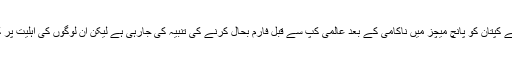
یہ کس قدر مضحکہ خیر بات ہے کہ گزشتہ چار برسوں سے مسلسل کارکردگی دکھانے والے کپتان کو پانچ میچز میں ناکامی کے بعد عالمی کپ سے قبل فارم بحال کرنے کی تنبیہ کی جارہی ہے لیکن ان لوگوں کی اہلیت پر کوئی بھی انگلی نہیں اٹھایا جا رہا جو مسلسل پاکستانی ٹیم کی ناکامی کا سبب بنے ہوئے ہیں۔